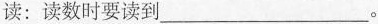
读：读数时要读到___。